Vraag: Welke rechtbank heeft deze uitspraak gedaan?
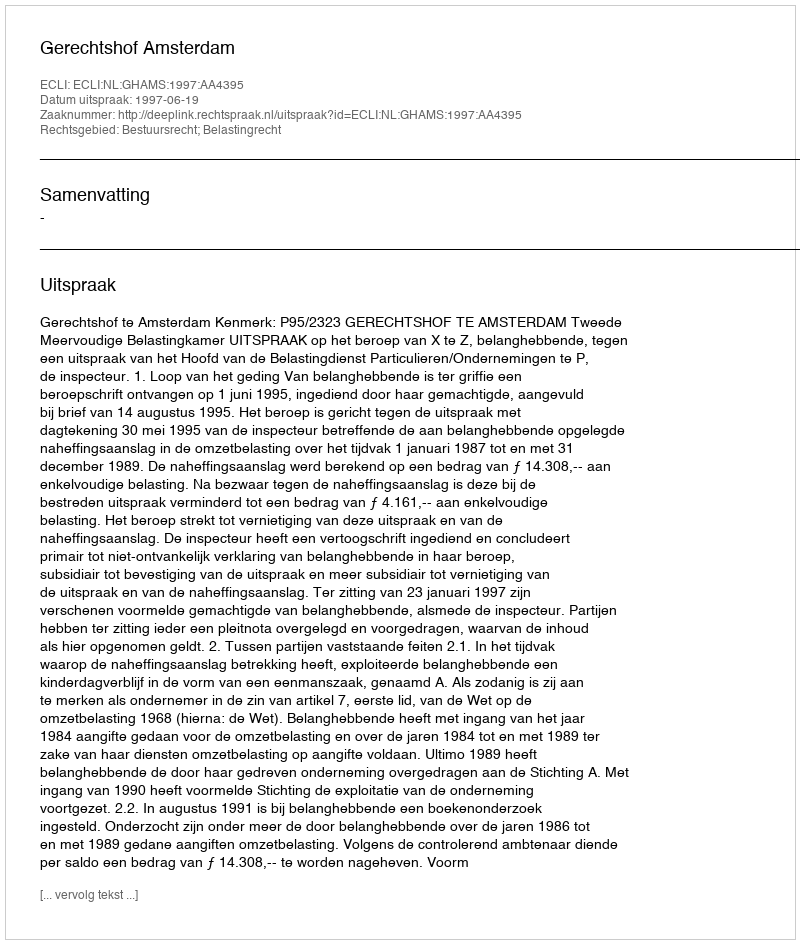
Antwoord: Gerechtshof Amsterdam